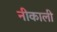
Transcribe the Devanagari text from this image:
नीकाली